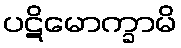
ပဋိမောက္ခာမိ